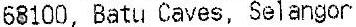
68100, BATU CAVES, SELANGOR